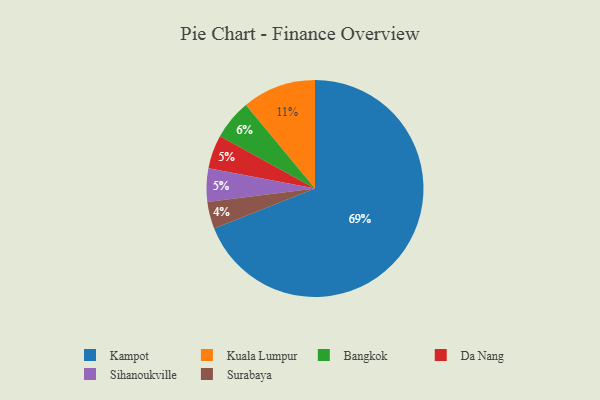
{"axis": {"x": "Category", "y": "Percentage"}, "legend": ["Bangkok", "Da Nang", "Kampot", "Kuala Lumpur", "Sihanoukville", "Surabaya"], "data": [{"x": "Da Nang", "y": 5, "type": "Da Nang"}, {"x": "Bangkok", "y": 6, "type": "Bangkok"}, {"x": "Kuala Lumpur", "y": 11, "type": "Kuala Lumpur"}, {"x": "Sihanoukville", "y": 5, "type": "Sihanoukville"}, {"x": "Surabaya", "y": 4, "type": "Surabaya"}, {"x": "Kampot", "y": 69, "type": "Kampot"}]}